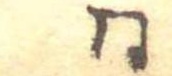
同